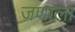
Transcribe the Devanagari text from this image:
जणाला